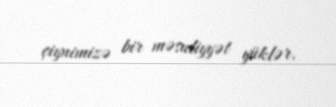
çiynimizə bir məsuliyyət yüklər.